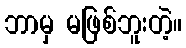
ဘာမှ မဖြစ်ဘူးတဲ့။